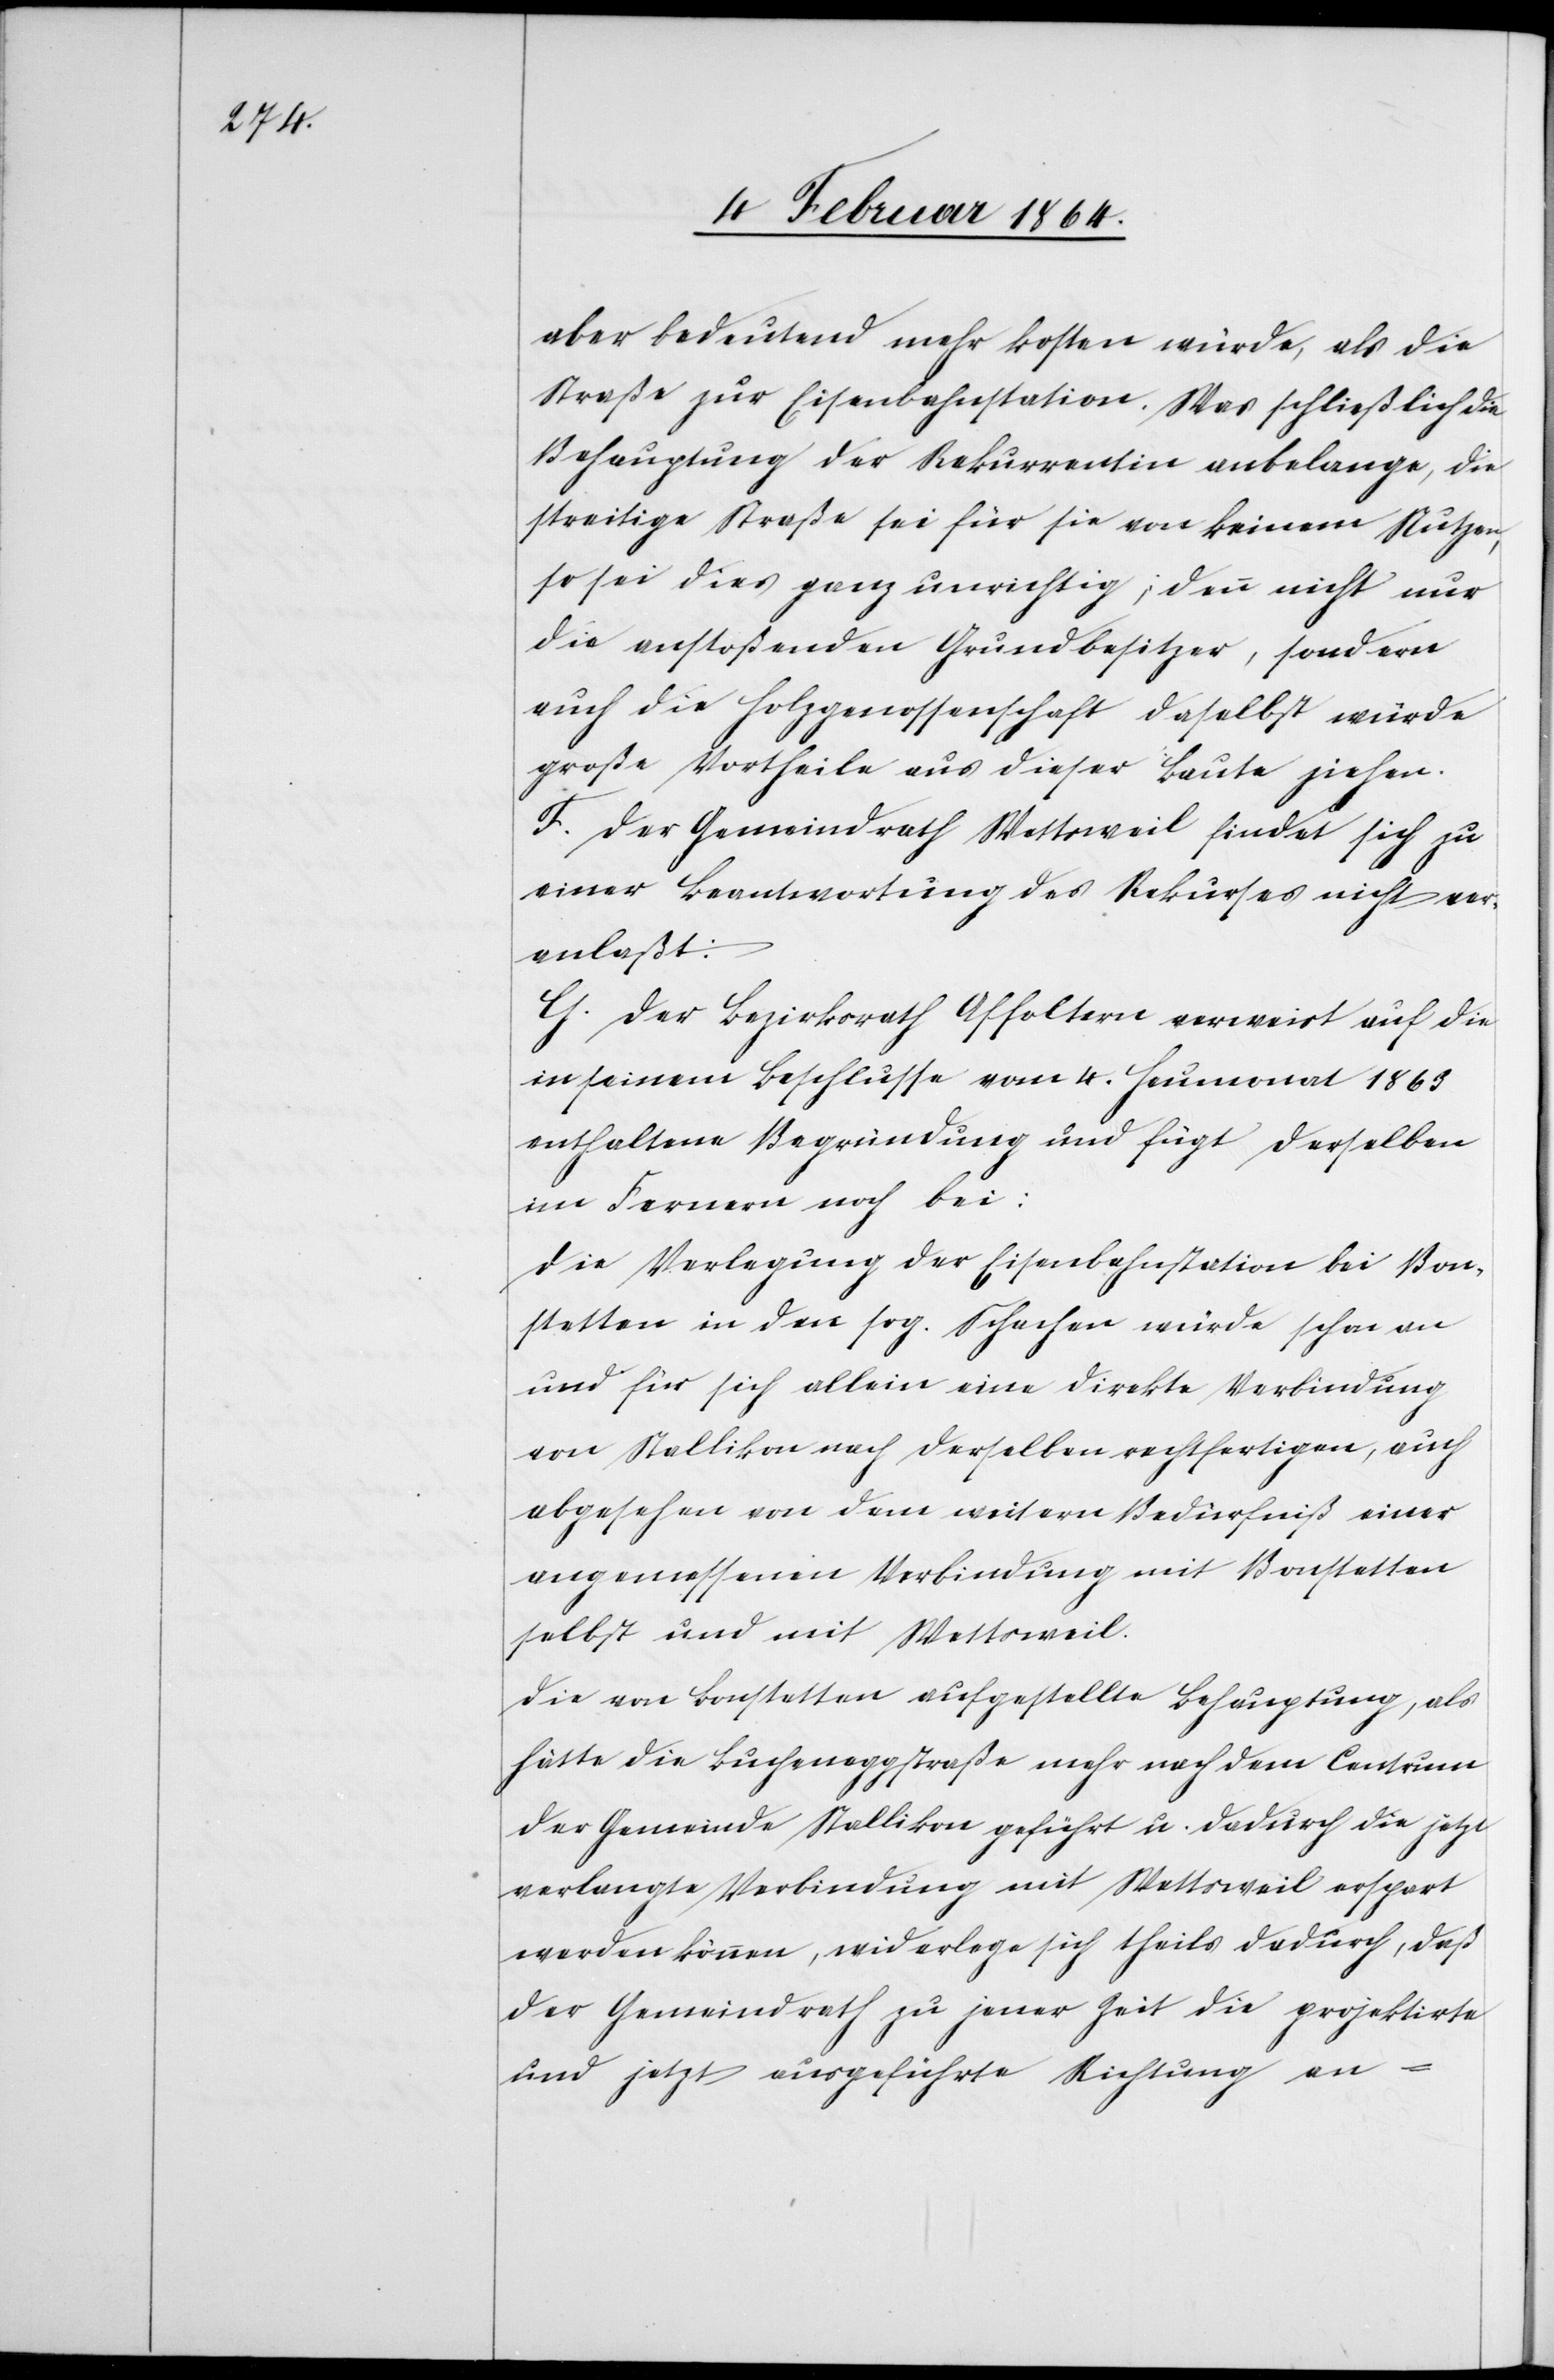
aber bedeutend mehr kosten würde, als die
Straße zur Eisenbahnstation. Was schließlich die
Behauptung der Rekurrentin anbelange, die
streitige Straße sei für sie von keinem Nutzen,
so sei dies ganz unrichtig; denn nicht nur
die anstoßenden Grundbesitzer, sondern
auch die Holzgenossenschaft daselbst würde
große Vortheile aus dieser Baute ziehen.
F. Der Gemeindrath Wettsweil findet sich zu
einer Beantwortung des Rekurses nicht ver¬
anlaßt:
G. Der Bezirksrath Affoltern verweist auf die
in seinem Beschlusse vom 4. Heumonat 1863
enthaltene Begründung und fügt derselben
im Fernern noch bei:
Die Verlegung der Eisenbahnstation bei Bon¬
stetten in den sog. Schachen würde schon an
und für sich allein eine direkte Verbindung
von Stallikon nach derselben rechtfertigen, auch
abgesehen von dem weitern Bedürfniß einer
angemessenen Verbindung mit Bonstetten
selbst und mit Wettsweil.
Die von Bonstetten aufgestellte Behauptung, als
hätte die Bucheneggstraße mehr nach dem Centrum
der Gemeinde Stallikon geführt u. dadurch die jetzt
verlangte Verbindung mit Wettsweil erspart
werden können, widerlege sich theils dadurch, daß
der Gemeindrath zu jener Zeit die projektirte
und jetzt ausgeführte Richtung an-